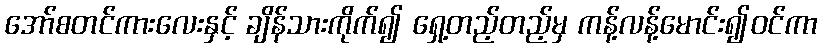
အော်စတင်ကားလေးနှင့် ချိန်သားကိုက်၍ ရှေ့တည့်တည့်မှ ကန့်လန့်မောင်း၍ဝင်ကာ